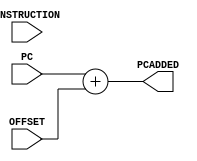
/*
Authers     : WIJERATHNA I.M.K.D.I.     e19446@eng.pdn.ac.lk
              DISSANAYAKE D.M.I.G.      e19090@eng.pdn.ac.lk
Lab         : Lab 5 part 4
              pc_add_j_beq.v
Last Updated: Monday, May 29, 2023 8:40:37 PM
*/


module pc_add_j_beq (PC,INSTRUCTION,OFFSET,PCADDED);
    //declaring ports
    input [31:0] PC;
    input [31:0] INSTRUCTION;
    input [31:0] OFFSET;
    output reg [31:0] PCADDED;

    //always read INSTRUCTION
    always @(INSTRUCTION)   begin
        #2 PCADDED=PC+OFFSET;
    end

endmodule